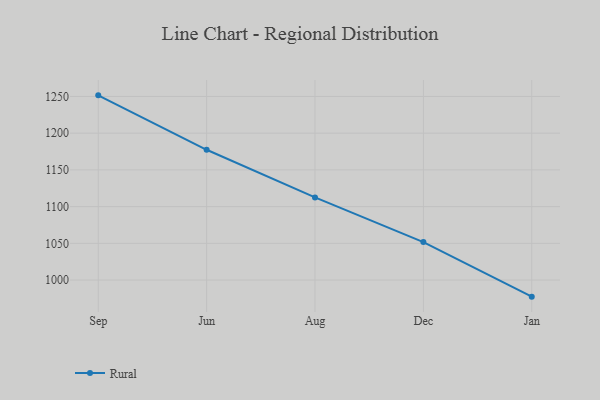
{"axis": {"x": "Month", "y": "Satisfaction Score"}, "legend": ["Rural"], "data": [{"x": "Sep", "y": 1251.5, "type": "Rural"}, {"x": "Jun", "y": 1177.4, "type": "Rural"}, {"x": "Aug", "y": 1112.5, "type": "Rural"}, {"x": "Dec", "y": 1051.7, "type": "Rural"}, {"x": "Jan", "y": 977.4, "type": "Rural"}]}